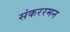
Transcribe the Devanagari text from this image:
संकररमन